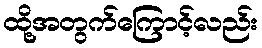
ထို့အတွက်ကြောင့်လည်း